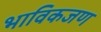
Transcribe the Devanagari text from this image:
भाविकजण